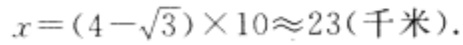
\(x=(4 - \sqrt{3})\times10\approx23(千米)\)